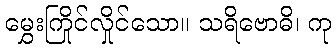
မွှေးကြိုင်လှိုင်သော။ သရိဗောဓိ၊ ကု